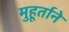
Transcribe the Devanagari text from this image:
मुहूर्ताने